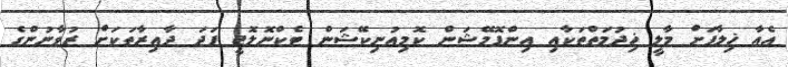
އެއާ ޚިލާފަށް މާލީ ޚިދުމަތްތަކާއި އިންފޮމޭޝަން ކޮމިއުނިކޭޝަން ޓެކްނޮލޮޖީ ފަދަ ދާއިރާތަކަށް ޒުވާނުންގެ